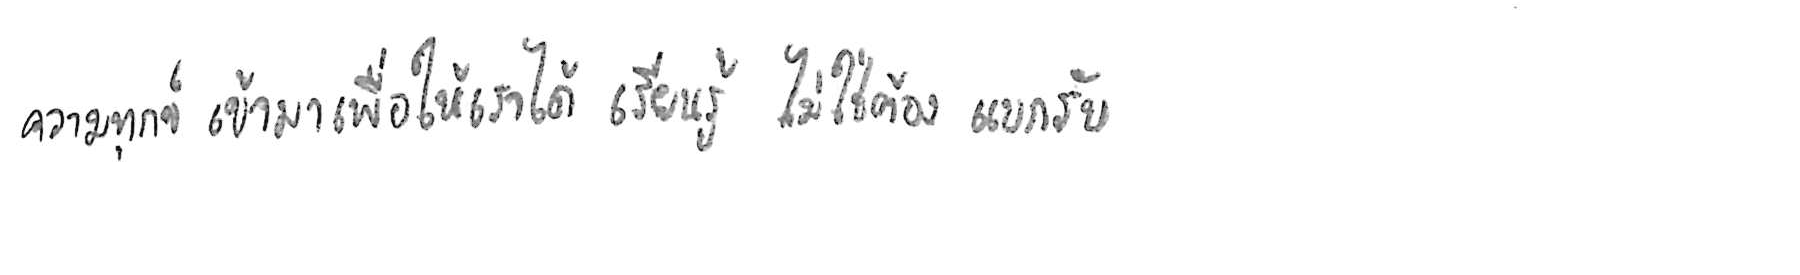
ความทุกข์ เข้ามาเพื่อให้เราได้ เรียนรู้ ไม่ใช่ต้อง แบกรับ